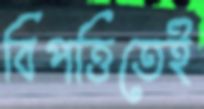
বিপত্তিতেই